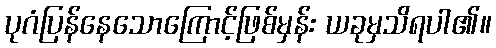
ပုဂံပြန်နေသောကြောင့်ဖြစ်မှန်း ယခုမှသိရပါ၏။